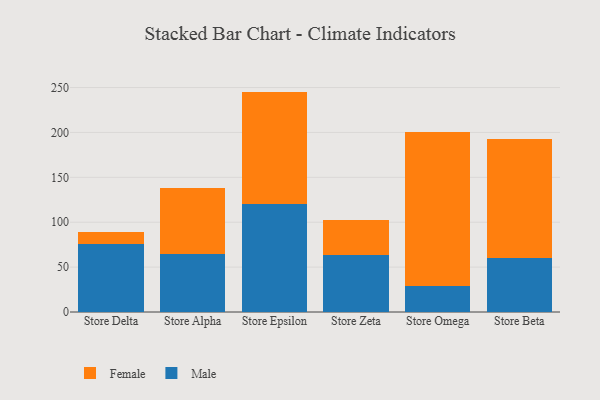
{"axis": {"x": "Store", "y": "Active Users"}, "legend": ["Female", "Male"], "data": [{"x": "Store Delta", "y": 76.2, "type": "Male"}, {"x": "Store Delta", "y": 12.7, "type": "Female"}, {"x": "Store Alpha", "y": 64.1, "type": "Male"}, {"x": "Store Alpha", "y": 74.5, "type": "Female"}, {"x": "Store Epsilon", "y": 120.0, "type": "Male"}, {"x": "Store Epsilon", "y": 125.5, "type": "Female"}, {"x": "Store Zeta", "y": 63.2, "type": "Male"}, {"x": "Store Zeta", "y": 39.6, "type": "Female"}, {"x": "Store Omega", "y": 29.1, "type": "Male"}, {"x": "Store Omega", "y": 171.5, "type": "Female"}, {"x": "Store Beta", "y": 59.6, "type": "Male"}, {"x": "Store Beta", "y": 132.6, "type": "Female"}]}